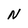
Character: N